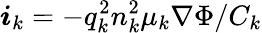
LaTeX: \boldsymbol{i}_{k}=-q_{k}^{2}n_{k}^{2}\mu_{k}\nabla\Phi/C_{k}